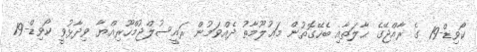
ކޯވިޑް-19 ގެ ރާއްޖޭގެ ޙާލަތާއި ބެހޭގޮތުން މަޢުލޫމާތު ދެއްވަމުން ރައީސުލްޖުމްހޫރިއްޔާ ވިދާޅުވީ ކޯވިޑް-19